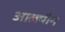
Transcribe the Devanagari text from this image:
आलपीन